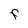
Character: F